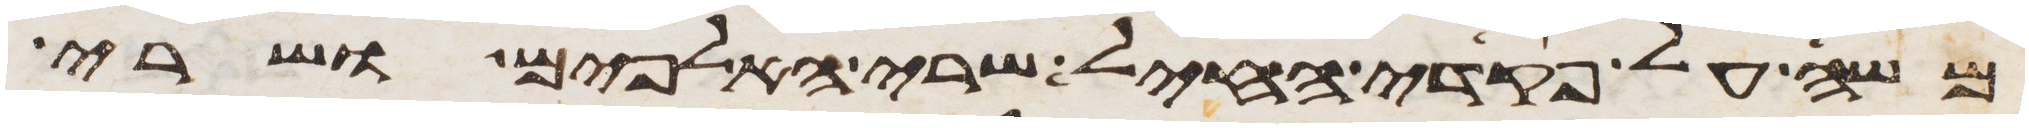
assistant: משה על פקדי החיל שרי האלפים ושרי